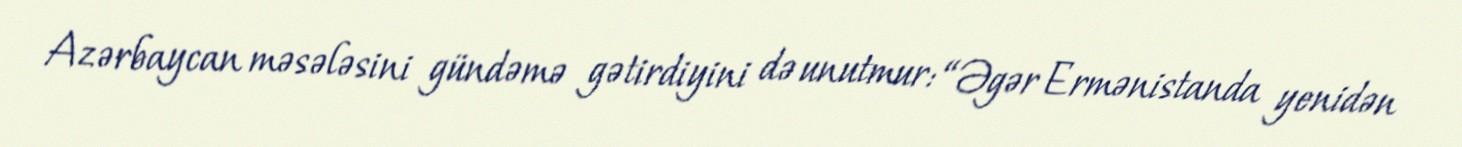
Azərbaycan məsələsini gündəmə gətirdiyini də unutmur: “Əgər Ermənistanda yenidən